Report on horse surra - Volume I
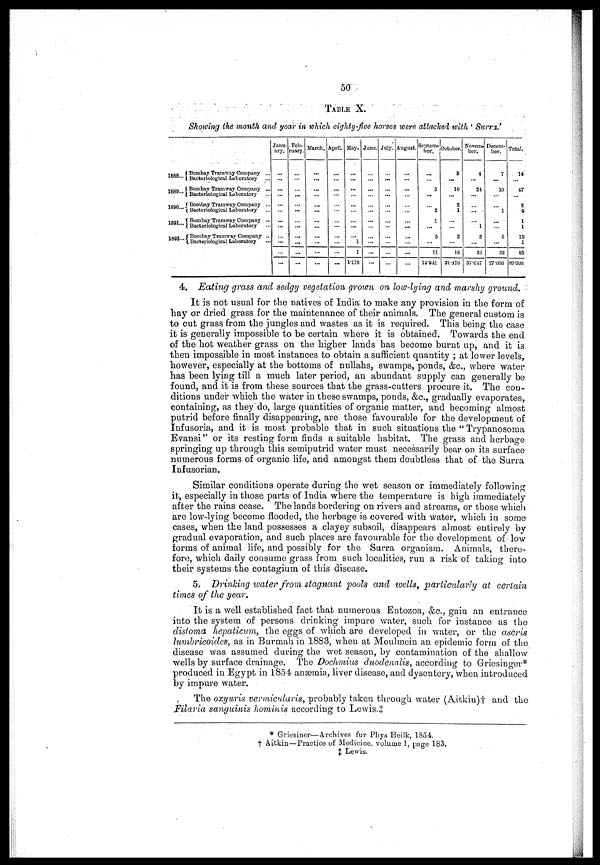
50
TABLE X.
Showing the month and year in which eighty-five horses were allocked with ' Surrz.'
1888...
1889...
1890...
1891...
1892...
{ Bombay Tramway Company ...
Bacteriological Laboratory ...
{ Bombay Tramway Company ...
Bacteriological laboratory ...
{ Bombay Tramway Company ...
Bacteriological Laboratory ...
{ Bombay Tramway Company ...
Bacteriological Laboratory ...
{ Bombay Tramway Company ...
Bacteriological Laboratory ...
Janu-
ary.
...
...
...
...
...
...
...
...
...
...
...
...
Feb-
ruary.
... ...
...
...
...
...
...
...
...
...
...
...
March.
...
...
...
...
...
...
...
...
...
...
...
...
April.
...
...
...
...
...
...
...
...
...
...
...
...
May.
...
...
...
...
...
...
...
...
... 1
1
1.176
June.
...
...
...
...
...
...
...
...
...
...
...
...
July.
...
...
...
...
...
...
...
...
...
...
...
August.
...
...
...
...
...
...
...
...
...
...
...
...
Septem-
ber.
...
...
3
...
... 1
1
...
5
...
11
12.941
October.
8
...
10
...
2
1
...
...
2
...
18
21.176
Novem-
ber.
4
...
21
...
...
...
... 1
3
...
32
37.647
Decem-
ber.
7
...
10
...
... 1
...
...
5
...
23
27.058
Total.
14
...
47
...
2
4
1
1
15
1
85
99.998
4. Eating grass and sedgy vegetation grown on low-lying and marshy ground.
It is not usual for the natives of India to make any provision in the form of
hay or dried grass for the maintenance of their animals. The general custom is
to cut grass from the jungles and wastes as it is required. This being the case
it is generally impossible to be certain where it is obtained. Towards the end
of the hot weather grass on the higher lands has become burnt up, and it is
then impossible in most instances to obtain a sufficient quantity ; at lower levels,
however, especially at the bottoms of nullahs, swamps, ponds, &c, where water
has been lying till a much later period, an abundant supply can generally be
found, and it is from these sources that the grass-cutters procure it. The con-
ditions under which the water in these swamps, ponds, &c, gradually evaporates,
containing, as they do, large quantities of organic matter, and becoming almost
putrid before finally disappearing, are those favourable for the development of
Infusoria, and it is most probable that in such situations the " Trypanosoma
Evansi" or its resting form finds a suitable habitat. The grass and herbage
springing up through this semiputrid water must necessarily bear on its surface
numerous forms of organic life, and amongst them doubtless that of the Surra
Infusorian.
Similar conditions operate during the wet season or immediately following
it, especially in those parts of India where the temperature is high immediately
after the rains cease. The lands bordering on rivers and streams, or those which
are low-lying become flooded, the herbage is covered with water, which in some
cases, when the land possesses a clayey subsoil, disappears almost entirely by
gradual evaporation, and such places are favourable for the development of low
forms of animal life, and possibly for the Surra organism. Animals, there-
fore, which daily consume grass from such localities, run a risk of taking into
their systems the contagium of this disease.
5. Drinking water from stagnant pools and wells, particularly at certain
times of the year.
It is a well established fact that numerous Entozoa, &c., gain an entrance
into the system of persons drinking impure water, such for instance as the
distoma hepaticum, the eggs of which are developed in water, or the ascris
lumbricoides, as in Burmah in 1883, when at Moulmein an epidemic form of the
disease was assumed during the wet season, by contamination of the shallow
wells by surface drainage. The Dochmius duodenalis, according to Griesinger*
produced in Egypt in 1854 anaemia, liver disease, and dysentery, when introduced
by impure water.
The oxyuris vermicularis, probably taken through water (Aitkin)† and the
Filaria sanguinis hominis according to Lewis.‡
* Griesiner—Archives fur Phys Heilk, 1854.
† Aitkin—Practice of Medicine, volume 1, page 183.
‡ Lewis.